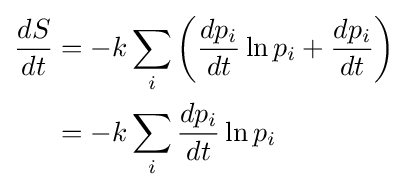
{\begin{aligned}{\frac {dS}{dt}}&=-k\sum _{i}\left({\frac {dp_{i}}{dt}}\ln p_{i}+{\frac {dp_{i}}{dt}}\right)\\&=-k\sum _{i}{\frac {dp_{i}}{dt}}\ln p_{i}\\\end{aligned}}